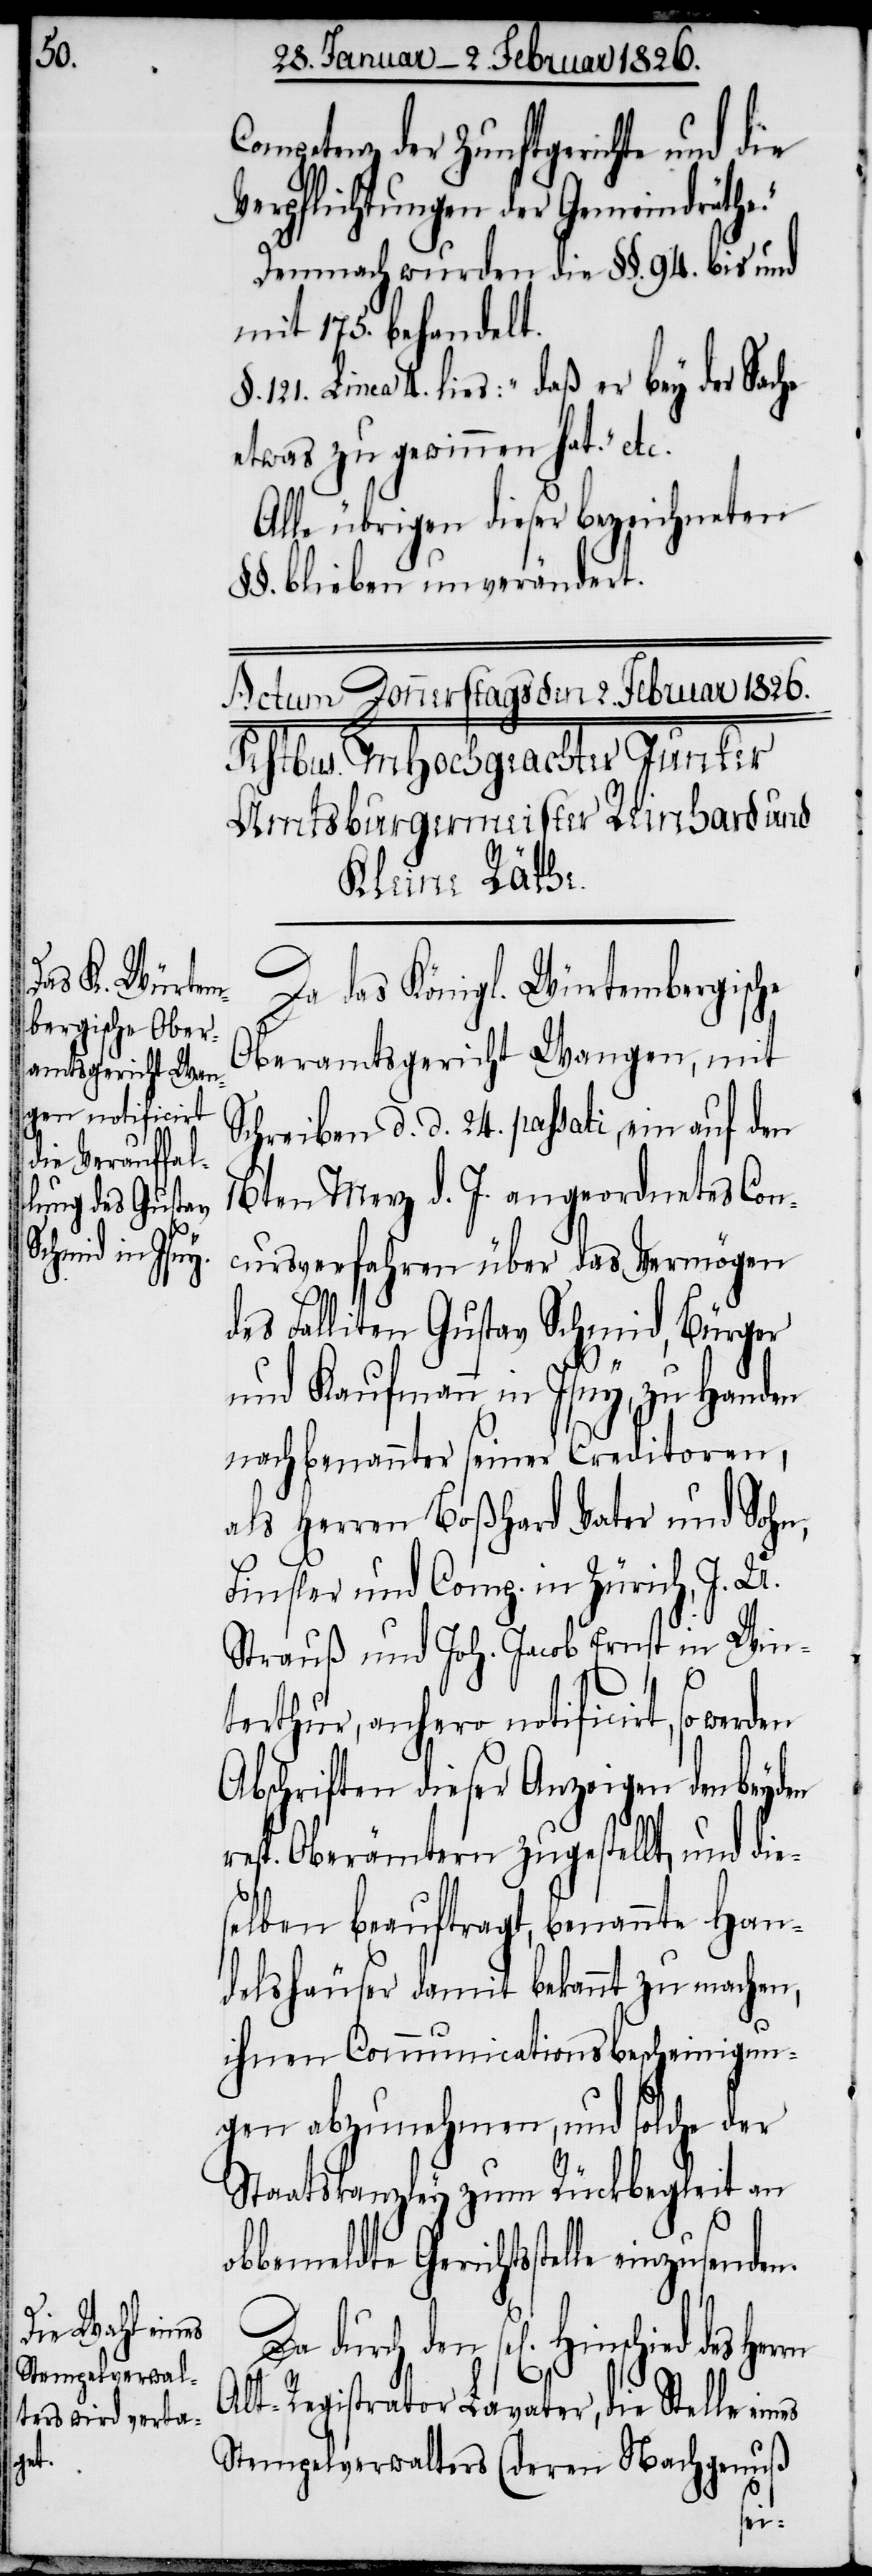
einzusenden.

Competenz der Zunftgerichte und die
Verpflichtungen der Gemeindräthe.“
Demnach wurden die §§. 94. bis und
mit 175. behandelt.
§. 121. Linea 4. lies: „daß er bey der Sache
etwas zu gewinnen hat.“ etc.
Alle übrigen dieser bezeichneten
§§. blieben unverändert.
Da das Königl. Würtembergische
Oberamtsgericht Wangen, mit
Schreiben d. d. 24. passati, ein auf den
16ten Merz d. J. angeordnetes Con¬
cursverfahren über das Vermögen
des Falliten Gustav Schmid, Bürger
und Kaufmann in Isny, zu Handen
nach benannter seiner Creditoren,
als Herren Boßhard Vater und Sohn,
Finsler und Comp. in Zürich, J. U.
Strauß und Joh. Jacob Ernst in Win¬
terthur, anhero notificirt, so
Abschriften dieser Anzeigen den beyd¬
resp. Oberämtern zugestellt, und die¬
selben beauftragt, benannte Han¬
delshäuser damit bekannt zu machen,
ihnen Communicationsbescheinigun¬
gen abzunehmen, und solche der
Staatskanzley zum Rückbegleit an
Obern, auf dießfälliges Belieben
der zweyten Hälfte dieses
Alt-Registrator Lavater, die Stelle
Stempelverwalters (deren Nachgenuß
und